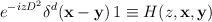
LaTeX: \begin{align*}e^{-izD^{2}}\delta ^{d}({\mathbf{x}}-{\mathbf{y}})\,1\equiv H(z,{\mathbf{x}},{{\mathbf{y}}})\end{align*}